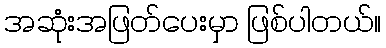
အဆုံးအဖြတ်ပေးမှာ ဖြစ်ပါတယ်။